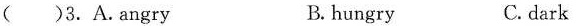
( )3.A.Angry B. hungry C. dark